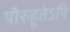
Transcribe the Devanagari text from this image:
पौरुहूतेऽपि